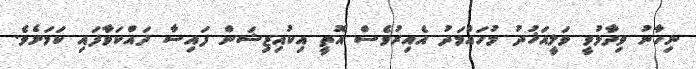
ނިހާނު ވިދާޅުވީ ވަލީއަޚުދު މުހައްމަދު އެއިރުވެސް އޮތީ އިކުއިޒިޝަން ފައިސާ ދައްކަވާފައި ކަމަށެވެ.